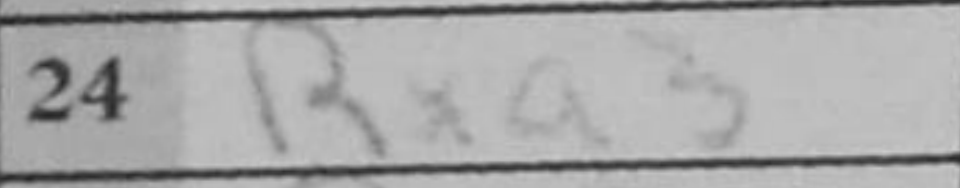
Transcription: Rxa3